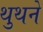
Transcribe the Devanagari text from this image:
थुथने